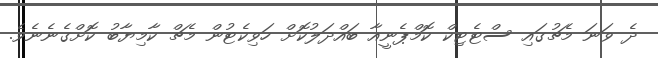
ދެ ވަނަ މެޗުގައި ސްޓެޓިކް ކޮމްޕެނީއާ ބައްދަލުކޮށް ހަވިކެޓުން މެޗް ކާމިޔާބު ކޮށްގެނެނެވެ.